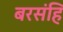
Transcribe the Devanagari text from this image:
बरसंहि